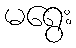
မရွေး